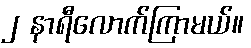
၂ နာရီလောက်ကြာမယ်။